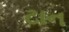
ટાન